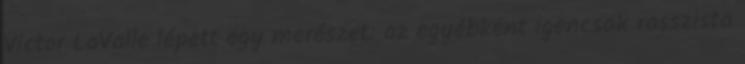
Victor LaValle lépett egy merészet: az egyébként igencsak rasszista